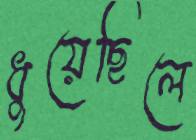
ধুয়েছিলে